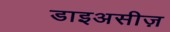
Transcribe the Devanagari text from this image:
डाइअसीज़